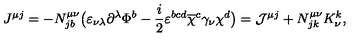
J ^ { \mu j } = - N _ { j b } ^ { \mu \nu } \bigl ( \varepsilon _ { \nu \lambda } \partial ^ { \lambda } \Phi ^ { b } - \frac i 2 \varepsilon ^ { b c d } \overline { { \chi } } ^ { c } \gamma _ { \nu } \chi ^ { d } \bigr ) = { \cal J } ^ { \mu j } + N _ { j k } ^ { \mu \nu } K _ { \nu } ^ { k } ,